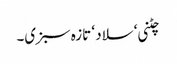
چٹنی ‘ سلاد ‘ تازہ سبزی۔